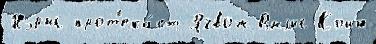
Нэрыс прот'ека́ет Ягвож Вылыс-Койю